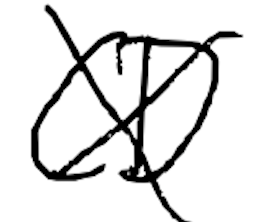
Text: CD
Cross-out: mix
Writing tool: digital_black